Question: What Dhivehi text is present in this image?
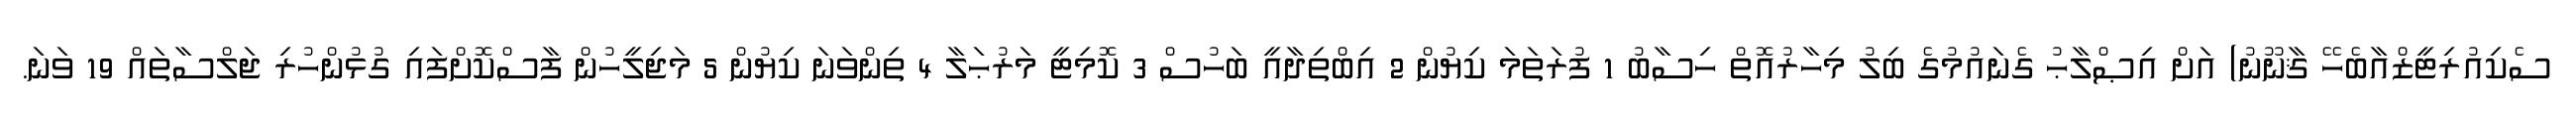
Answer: ސެކިއުރިޓީޒްއާބެހޭ ޤާނޫނު) އަށް އިޞްލާޙު ގެނައުމުގެ ބިލު މިހާރުއޮތް ހިސާބު 1 ފުރަތަމަ ކިޔުން 2 އިބްތިދާއީ ބަހުސް 3 ކޮމިޓީ މަރުޙަލާ 4 ތިންވަނަ ކިޔުން 5 މަޖިލީހުން ފާސްކޮށްފައި ގުޅުންހުރި ޖަލްސާތައް 19 ވަނަ.